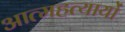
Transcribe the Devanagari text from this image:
आत्महत्यायों